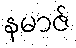
နမာဇ်